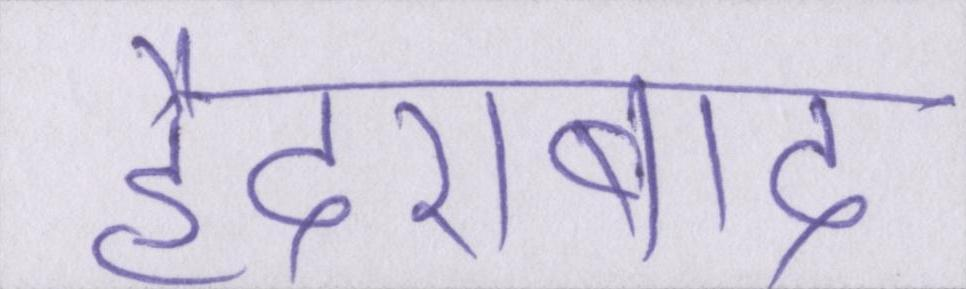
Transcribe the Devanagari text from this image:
हैदराबाद